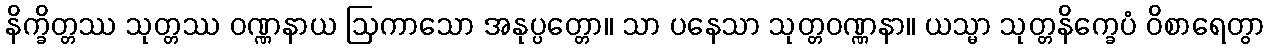
နိက္ခိတ္တဿ သုတ္တဿ ဝဏ္ဏနာယ ဩကာသော အနုပ္ပတ္တော။ သာ ပနေသာ သုတ္တဝဏ္ဏနာ။ ယသ္မာ သုတ္တနိက္ခေပံ ဝိစာရေတွာ